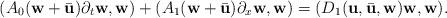
LaTeX: \begin{align*}(A_{0}(\textbf{w}+\bar{\textbf{u}}) \partial_{t}{\textbf{w}},{\textbf{w}}) +( A_{1}(\textbf{w}+\bar{\textbf{u}})\partial_{x}{\textbf{w}},{\textbf{w}}) = (D_{1}(\textbf{u}, \bar{\textbf{u}}, \textbf{w}){\textbf{w}},{\textbf{w}}). \end{align*}